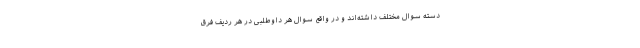
دسته سوال مختلف داشته‌اند و در واقع سوال هر داوطلبی در هر ردیف فرق